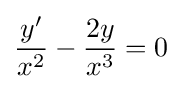
{\frac {y'}{x^{2}}}-{\frac {2y}{x^{3}}}=0